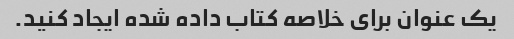
یک عنوان برای خلاصه کتاب داده شده ایجاد کنید.